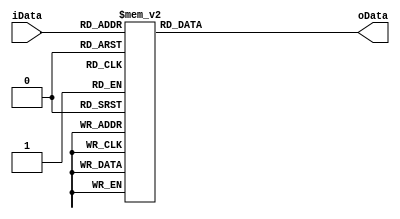
`timescale 1ns / 1ps
//////////////////////////////////////////////////////////////////////////////////
// Company: 
// Engineer: 
// 
// Design Name: 
// Module Name: display7
// Project Name: 
// Target Devices: 
// Tool Versions: 
// Description: 
// 
// Dependencies: 
// 
// Revision:
// Revision 0.01 - File Created
// Additional Comments:
// 
//////////////////////////////////////////////////////////////////////////////////

module display7(iData,oData);
    input [3:0] iData;
    output [6:0] oData;
    reg [6:0] oData;
    initial
    oData=7'b1111111;
    always@(*)
        case({iData})
            4'b0000: oData=7'b1000000;
            4'b0001: oData=7'b1111001;
            4'b0010: oData=7'b0100100;
            4'b0011: oData=7'b0110000;
            4'b0100: oData=7'b0011001;
            4'b0101: oData=7'b0010010;
            4'b0110: oData=7'b0000010;
            4'b0111: oData=7'b1111000;
            4'b1000: oData=7'b0000000;
            4'b1001: oData=7'b0010000;
            default: oData=7'b1111111;
        endcase
endmodule